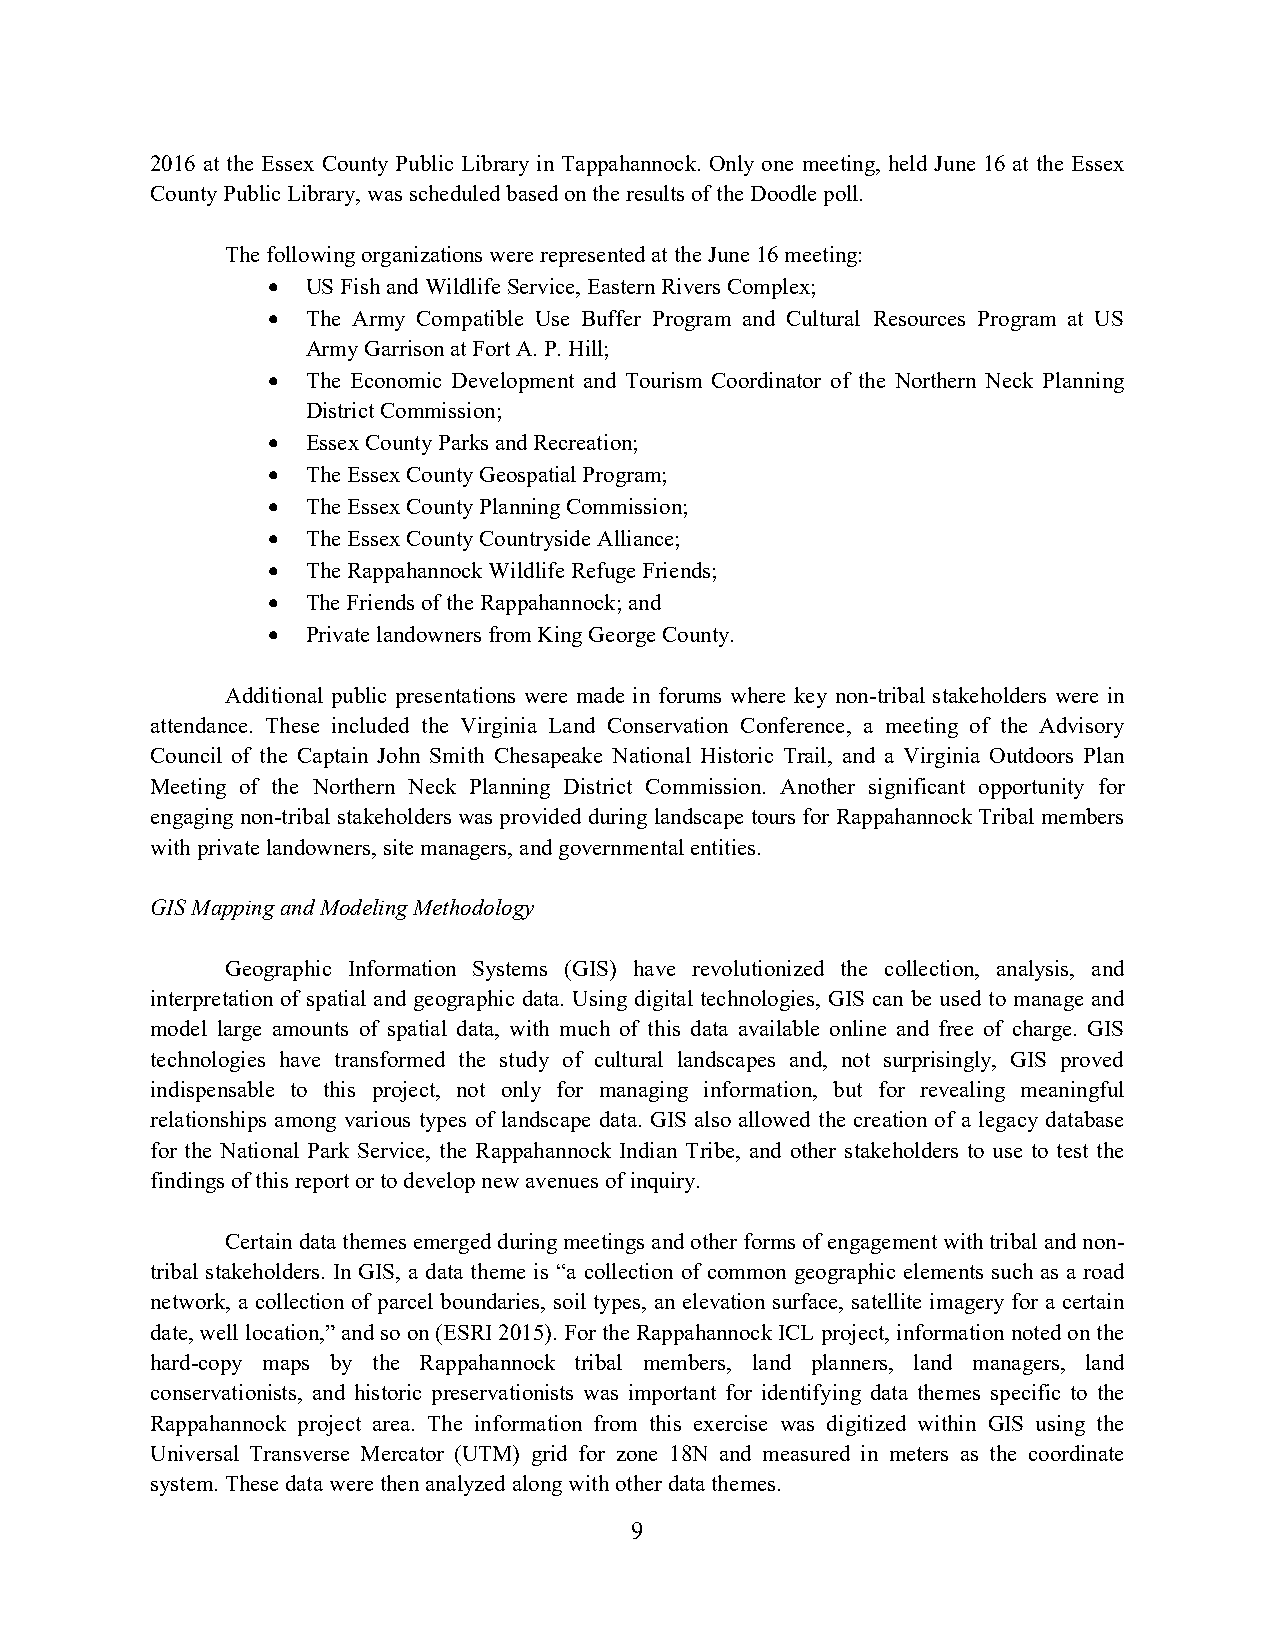
2016 at the Essex County Public Library in Tappahannock. Only one meeting, held June 16 at the Essex
 County Public Library, was scheduled based on the results of the Doodle poll.
 The following organizations were represented at the June 16 meeting:
  US Fish and Wildlife Service, Eastern Rivers Complex;
  The Army Compatible Use Buffer Program and Cultural Resources Program at US
 Army Garrison at Fort A. P. Hill;
  The Economic Development and Tourism Coordinator of the Northern Neck Planning
 District Commission;
  Essex County Parks and Recreation;
  The Essex County Geospatial Program;
  The Essex County Planning Commission;
  The Essex County Countryside Alliance;
  The Rappahannock Wildlife Refuge Friends;
  The Friends of the Rappahannock; and
  Private landowners from King George County.
 Additional public presentations were made in forums where key non-tribal stakeholders were in
 attendance. These included the Virginia Land Conservation Conference, a meeting of the Advisory
 Council of the Captain John Smith Chesapeake National Historic Trail, and a Virginia Outdoors Plan
 Meeting of the Northern Neck Planning District Commission. Another significant opportunity for
 engaging non-tribal stakeholders was provided during landscape tours for Rappahannock Tribal members
 with private landowners, site managers, and governmental entities.
 GIS Mapping and Modeling Methodology
 Geographic Information Systems (GIS) have revolutionized the collection, analysis, and
 interpretation of spatial and geographic data. Using digital technologies, GIS can be used to manage and
 model large amounts of spatial data, with much of this data available online and free of charge. GIS
 technologies have transformed the study of cultural landscapes and, not surprisingly, GIS proved
 indispensable to this project, not only for managing information, but for revealing meaningful
 relationships among various types of landscape data. GIS also allowed the creation of a legacy database
 for the National Park Service, the Rappahannock Indian Tribe, and other stakeholders to use to test the
 findings of this report or to develop new avenues of inquiry.
 Certain data themes emerged during meetings and other forms of engagement with tribal and non-
 tribal stakeholders. In GIS, a data theme is “a collection of common geographic elements such as a road
 network, a collection of parcel boundaries, soil types, an elevation surface, satellite imagery for a certain
 date, well location,” and so on (ESRI 2015). For the Rappahannock ICL project, information noted on the
 hard-copy maps by the Rappahannock tribal members, land planners, land managers, land
 conservationists, and historic preservationists was important for identifying data themes specific to the
 Rappahannock project area. The information from this exercise was digitized within GIS using the
 Universal Transverse Mercator (UTM) grid for zone 18N and measured in meters as the coordinate
 system. These data were then analyzed along with other data themes.
 9